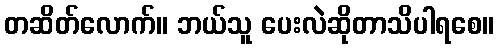
တဆိတ်လောက်။ ဘယ်သူ ပေးလဲဆိုတာသိပါရစေ။